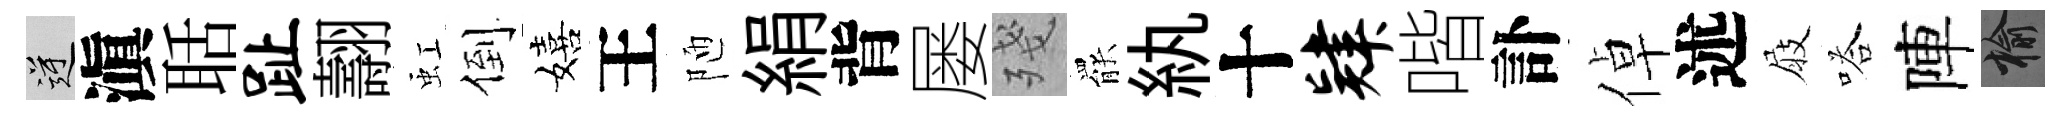
逆滇聒趾翿虹倒嬉王陋絹背屡殘罷紈十肄喈訃倬述屐嗒陣榆